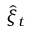
\hat { \xi } _ { t }